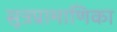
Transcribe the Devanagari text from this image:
सूत्रप्रामाणिका